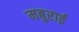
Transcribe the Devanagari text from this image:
मबुराई